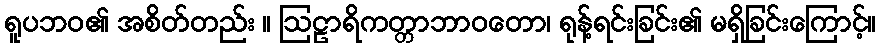
ရူပဘဝ၏ အစိတ်တည်း ။ ဩဠာရိကတ္တာဘာဝတော၊ ရုန့်ရင်းခြင်း၏ မရှိခြင်းကြောင့်။